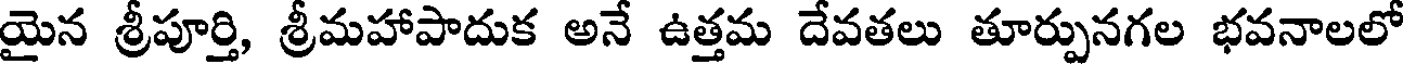
యైన శ్రీపూర్తి, శ్రీమహాపాదుక అనే ఉత్తమ దేవతలు తూర్పునగల భవనాలలో